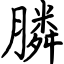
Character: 膦